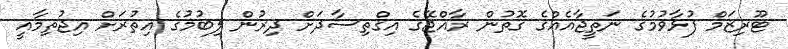
ޓޫރިޒަމް ފުޅާވުމުގެ ނަތީޖާއެއްގެ ގޮތުން ރާއްޖޭގެ އިގްތިސާދަށް ދިރުން ލިބުމުގެ އިތުރަށް އިޖުތިމާއީ